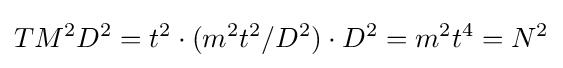
TM^{2}D^{2}=t^{2}\cdot (m^{2}t^{2}/D^{2})\cdot D^{2}=m^{2}t^{4}=N^{2}